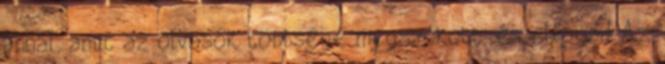
annál, amit az olvasók többsége megszokott, és elfogad Az